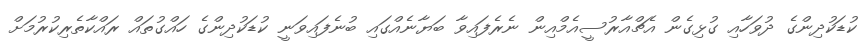
ކުޑަކުދިންގެ ދުވަހާއި ގުޅިގެން އެޗްއާރުސީއެމްއިން ނެރެފައިވާ ބަޔާނެއްގައި ބުނެފައިވަނީ ކުޑަކުދިންގެ ހައްގުތައް ރައްކާތެރިކުރުމަށް